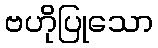
ဗဟိုပြုသော